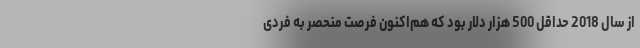
از سال 2018 حداقل 500 هزار دلار بود که هم‌اکنون فرصت منحصر به فردی